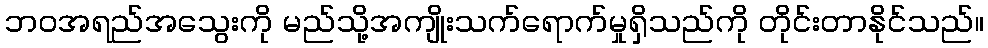
ဘဝအရည်အသွေးကို မည်သို့အကျိုးသက်ရောက်မှုရှိသည်ကို တိုင်းတာနိုင်သည်။